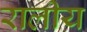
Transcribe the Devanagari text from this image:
रालीय